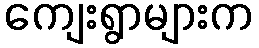
ကျေးရွာများက